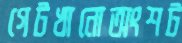
গেটখানোঅংশট